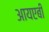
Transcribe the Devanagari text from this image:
आयएबी